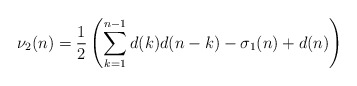
\begin{align*} \nu_2(n) = \frac{1}{2}\left(\sum_{k=1}^{n-1} d(k)d(n-k) - \sigma_1(n) + d(n) \right)\end{align*}